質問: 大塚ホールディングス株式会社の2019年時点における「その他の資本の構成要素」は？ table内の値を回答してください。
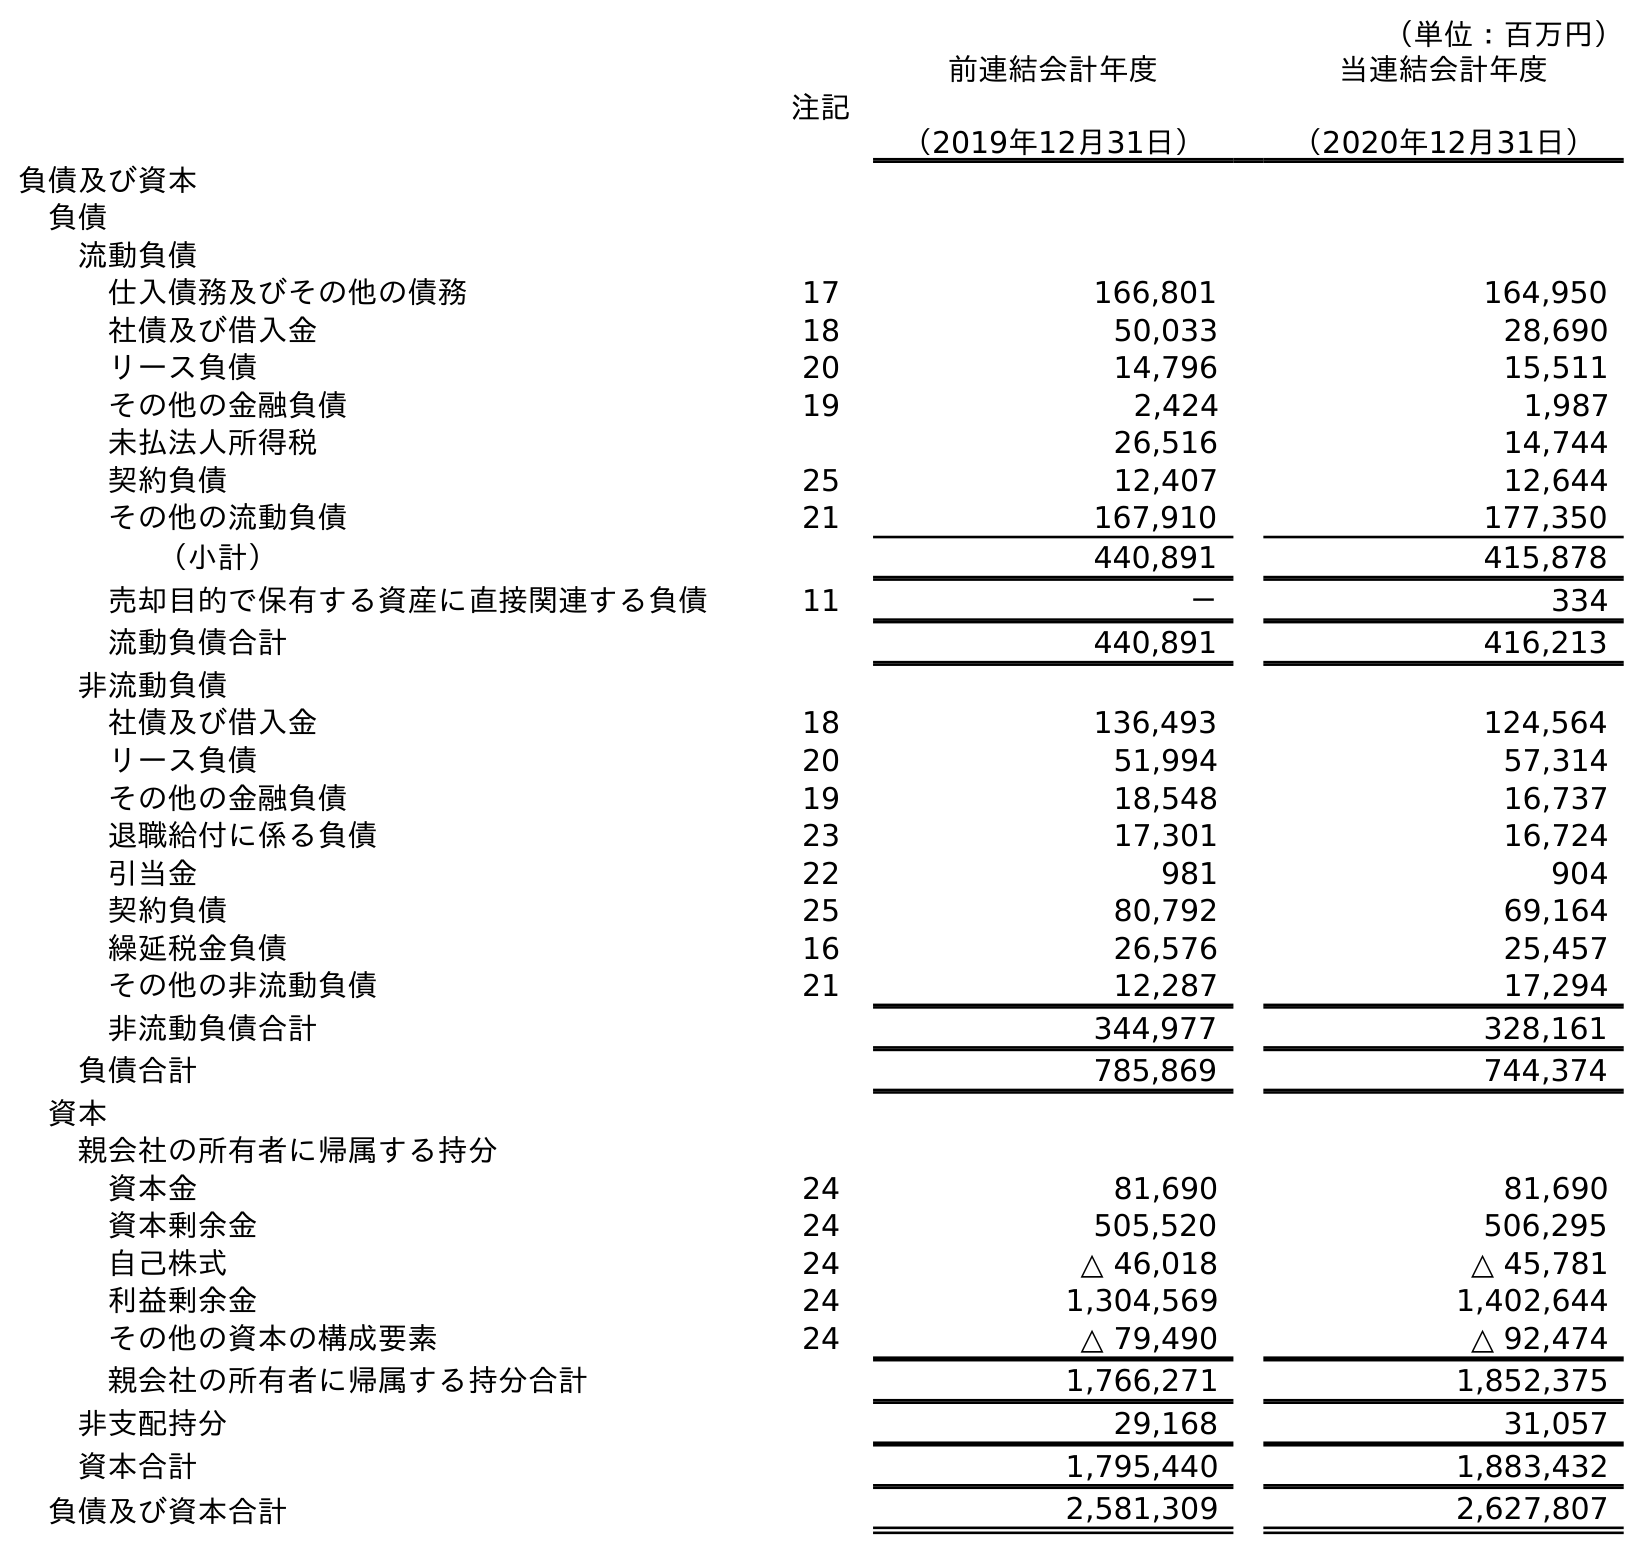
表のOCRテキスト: （単位：百万円） 注記 前連結会計年度 （2019年12月31日） 当連結会計年度 （2020年12月31日） 負債及び資本 負債 流動負債 仕入債務及びその他の債務 17 166,801 164,950 社債及び借入金 18 50,033 28,690 リース負債 20 14,796 15,511 その他の金融負債 19 2,424 1,987 未払法人所得税 26,516 14,744 契約負債 25 12,407 12,644 その他の流動負債 21 167,910 177,350 （小計） 440,891 415,878 売却目的で保有する資産に直接関連する負債 11 － 334 流動負債合計 440,891 416,213 非流動負債 社債及び借入金 18 136,493 124,564 リース負債 20 51,994 57,314 その他の金融負債 19 18,548 16,737 退職給付に係る負債 23 17,301 16,724 引当金 22 981 904 契約負債 25 80,792 69,164 繰延税金負債 16 26,576 25,457 その他の非流動負債 21 12,287 17,294 非流動負債合計 344,977 328,161 負債合計 785,869 744,374 資本 親会社の所有者に帰属する持分 資本金 24 81,690 81,690 資本剰余金 24 505,520 506,295 自己株式 24 △ 46,018 △ 45,781 利益剰余金 24 1,304,569 1,402,644 その他の資本の構成要素 24 △ 79,490 △ 92,474 親会社の所有者に帰属する持分合計 1,766,271 1,852,375 非支配持分 29,168 31,057 資本合計 1,795,440 1,883,432 負債及び資本合計 2,581,309 2,627,807
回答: △79,490